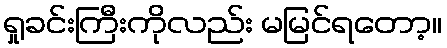
ရှုခင်းကြီးကိုလည်း မမြင်ရတော့။